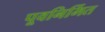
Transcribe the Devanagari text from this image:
पूवनिर्मित